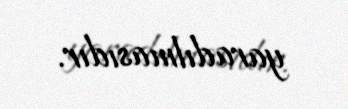
yaradılmasıdır.